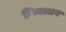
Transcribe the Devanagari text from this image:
किल्लाव